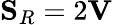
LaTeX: \mathbf{S}_{R}=2\mathbf{V}